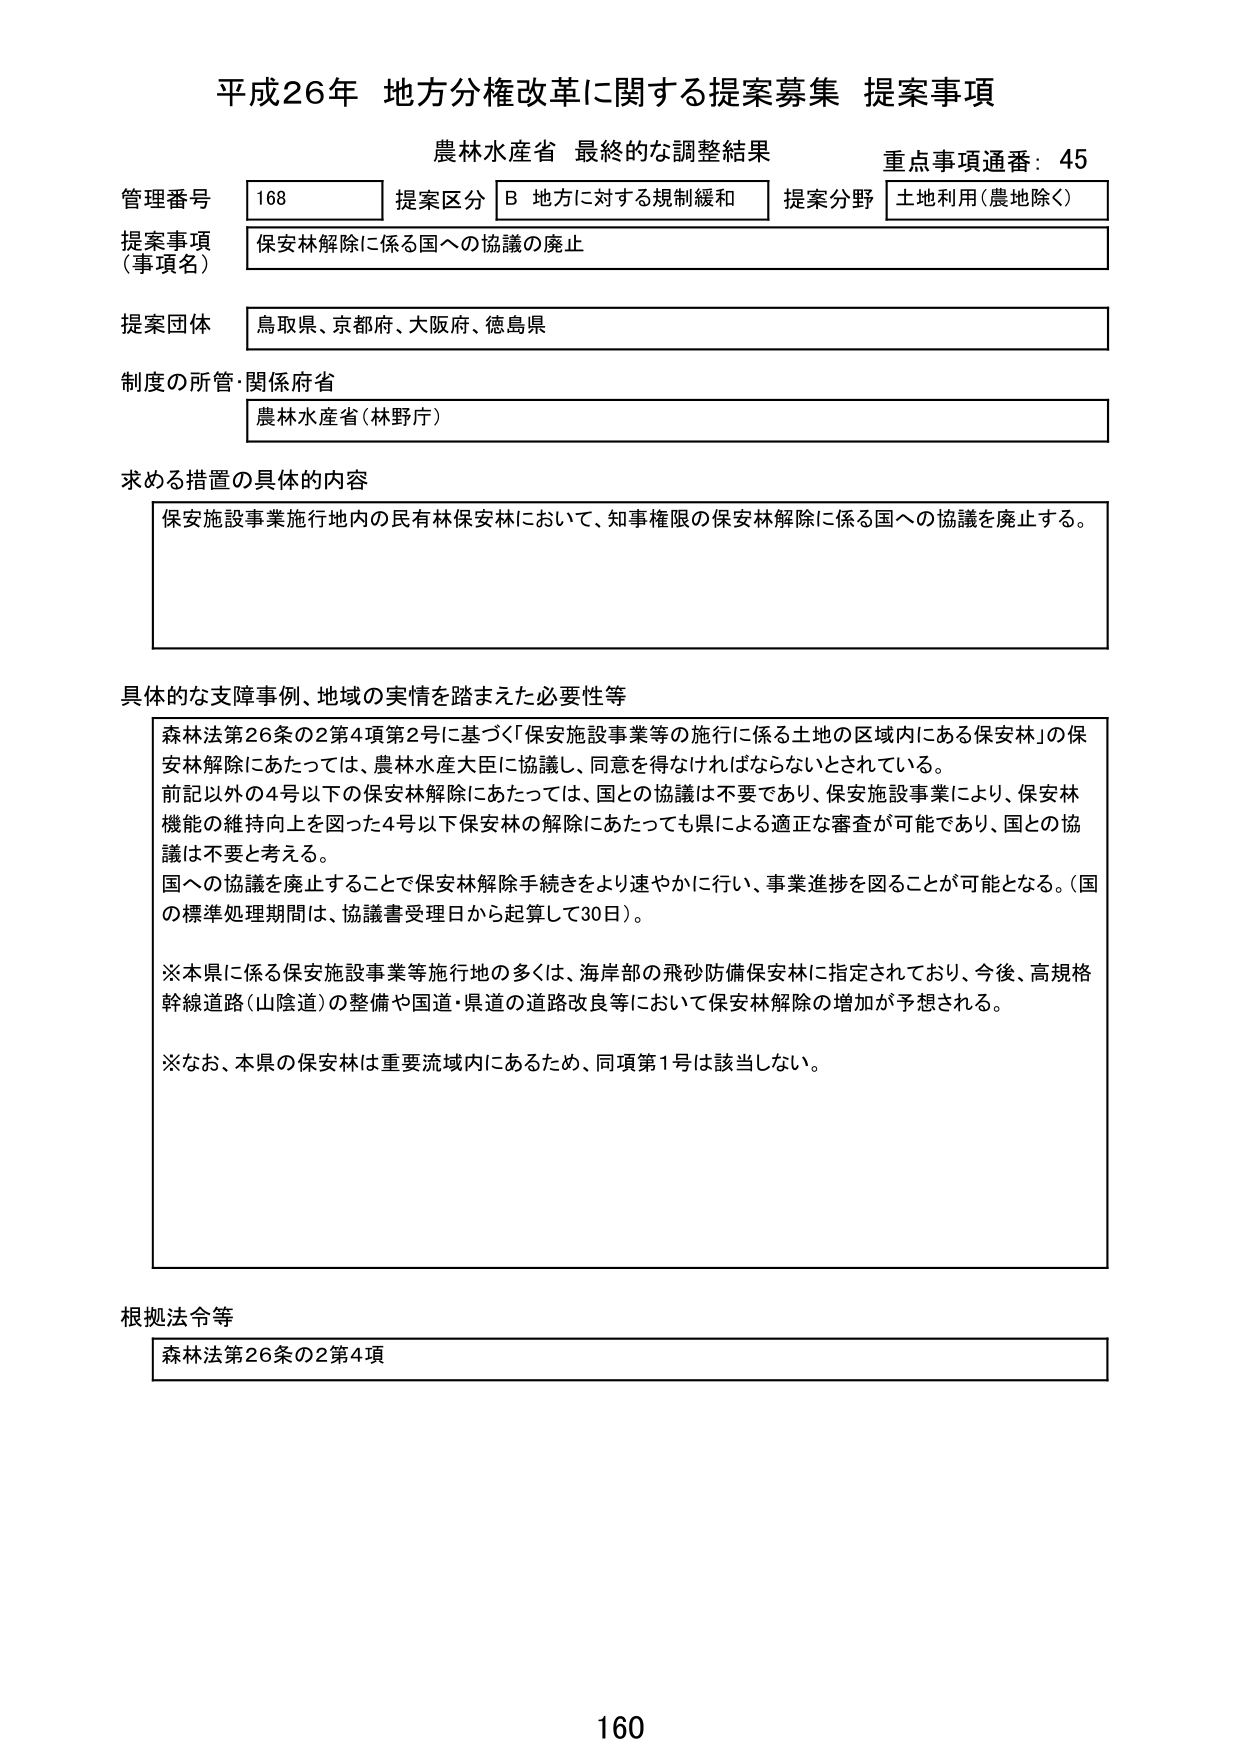
平成26年 地方分権改革に関する提案募集 提案事項
農林水産省 最終的な調整結果
重点事項通番：45

管理番号 168 提案区分 B 地方に対する規制緩和 提案分野 土地利用（農地除く）
提案事項（事項名） 保安林解除に係る国への協議の廃止
提案団体 鳥取県、京都府、大阪府、徳島県
制度の所管・関係府省 農林水産省（林野庁）

求める措置の具体的内容
保安施設事業施行地内の民有林保安林において、知事権限の保安林解除に係る国への協議を廃止する。

具体的な支障事例、地域の実情を踏まえた必要性等
森林法第26条の2第4項第2号に基づく「保安施設事業等の施行に係る土地の区域内にある保安林」の保安林解除にあたっては、農林水産大臣に協議し、同意を得なければならないとされている。
前記以外の4号以下の保安林解除にあたっては、国との協議は不要であり、保安施設事業により、保安林機能の維持向上を図った4号以下保安林の解除にあたっても県による適正な審査が可能であり、国との協議は不要と考える。
国への協議を廃止することで保安林解除手続きをより速やかに行い、事業進捗を図ることが可能となる。（国の標準処理期間は、協議書受理日から起算して30日）。
※本県に係る保安施設事業等施行地の多くは、海岸部の飛砂防備保安林に指定されており、今後、高規格幹線道路（山陰道）の整備や国道・県道の道路改良等において保安林解除の増加が予想される。
※なお、本県の保安林は重要流域内にあるため、同項第1号は該当しない。

根拠法令等
森林法第26条の2第4項

160